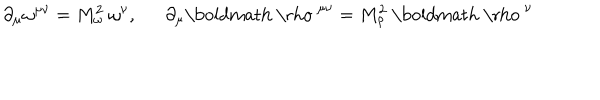
\partial _ { \mu } \omega ^ { \mu \nu } = M _ { \omega } ^ { 2 } ~ \omega ^ { \nu } , \partial _ { \mu } \mathrm { \boldmath ~ \ r h o ~ } ^ { \mu \nu } = M _ { \rho } ^ { 2 } ~ \mathrm { \boldmath ~ \ r h o ~ } ^ { \nu }